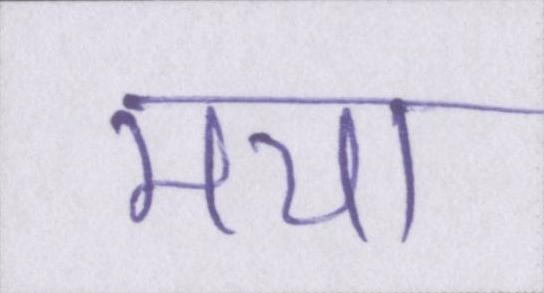
मया